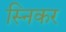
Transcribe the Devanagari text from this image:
स्निकर